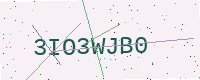
Text: 3IO3WJB0